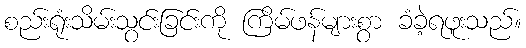
စည်းရုံးသိမ်းသွင်းခြင်းကို ကြိမ်ဖန်များစွာ ခံခဲ့ရဖူးသည်။